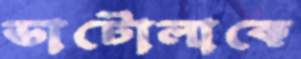
ডাটোলাকে